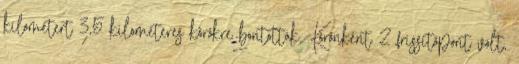
kilométert 3,5 kilométeres körökre bontották. Körönként 2 frissítőpont volt,